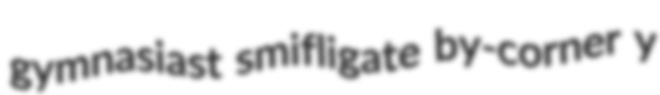
gymnasiast smifligate by-corner y